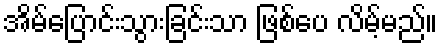
အိမ်ပြောင်းသွားခြင်းသာ ဖြစ်ပေ လိမ့်မည်။